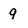
Character: 9